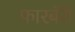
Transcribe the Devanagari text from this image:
फारबॅरी